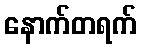
နောက်တရက်